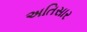
અતિસાર